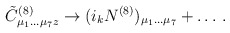
\begin{align*}{\tilde C}^{(8)}_{\mu_1\dots\mu_7 z}\rightarrow (i_k N^{(8)})_{\mu_1\dots\mu_7}+\dots\, .\end{align*}